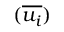
( \overline { { u _ { i } } } )